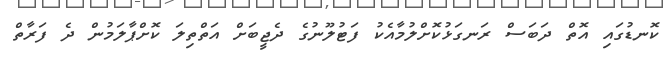
ކޮނޑުގައި އޮތް ދަބަސް ރަނގަޅުކޮށްލުމާއެކު ފަޓުލޫނުގެ ދެޖީބަށް އަތްތިލަ ކޮށްޕާލަމުން ދެ ފަރާތް